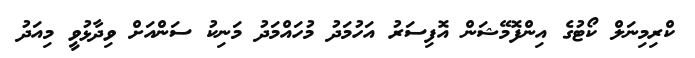
ކްރިމިނަލް ކޯޓުގެ އިންފޮމޭޝަން އޮފިސަރު އަހުމަދު މުހައްމަދު މަނިކު ސަންއަށް ވިދާޅުވީ މިއަދު